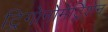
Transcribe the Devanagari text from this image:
ट्रिगोनोमेट्रिशेन